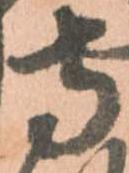
寺